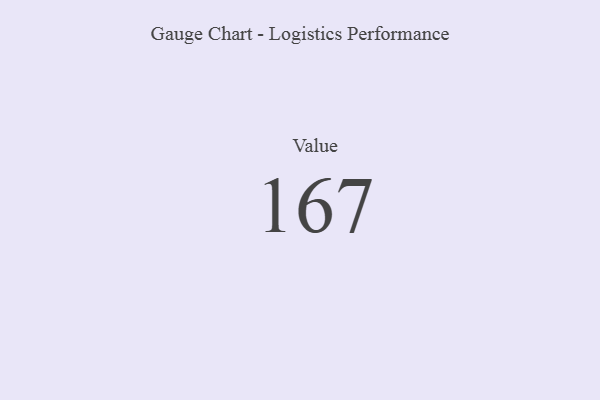
{"axis": {"x": "Metric", "y": "Value"}, "legend": [""], "data": [{"x": "Value", "y": 167, "type": ""}]}